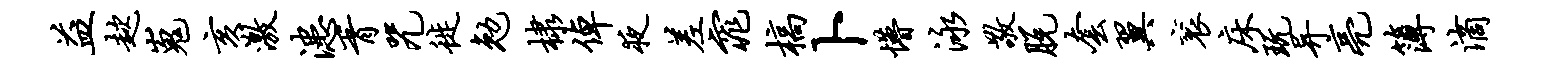
益趑嵬亥激漶胥咒徙勉棣倬夜差窕槁卜懵泳敬脱套翼衮床玩异亮簿滴